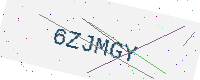
Text: 6ZJMGY